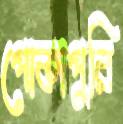
পোকাপুরি